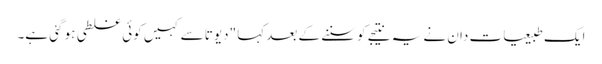
ایک طبیعیات دان نے یہ نتیجے کو سننے کے بعد کہا "دیوتا سے کہیں کوئی غلطی ہو گئی ہے۔